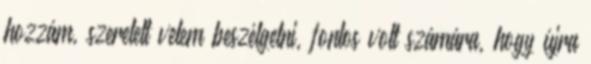
hozzám, szeretett velem beszélgetni, fontos volt számára, hogy újra